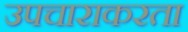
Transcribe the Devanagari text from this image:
उपचाराकरता